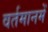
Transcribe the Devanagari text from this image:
वर्तमानमें